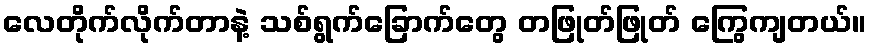
လေတိုက်လိုက်တာနဲ့ သစ်ရွက်ခြောက်တွေ တဖြုတ်ဖြုတ် ကြွေကျတယ်။